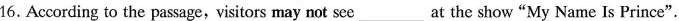
16. According to the passage,visitors may not see___at the show"My Name Is Prince".